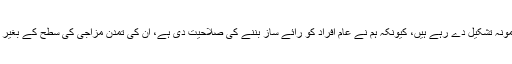
“ہم اس کے ذریعے ایک معیاری نمونہ تشکیل دے رہے ہیں، کیونکہ ہم نے عام افراد کو رائے ساز بننے کی صلاحیت دی ہے، ان کی تمدن مزاجی کی سطح کے بغیر اور تخلیقات کی تفریق کی بنیاد پر۔